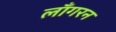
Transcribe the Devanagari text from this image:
लाँगरन